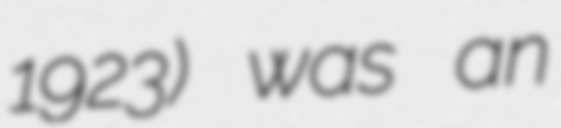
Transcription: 1923) was an